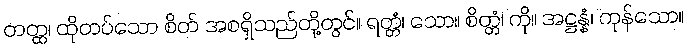
တတ္ထ၊ ထိုတပ်သော စိတ် အစရှိသည်တို့တွင်။ ရတ္တံ၊ သော။ စိတ္တံ၊ ကို။ အဋ္ဌန္နံ၊ ကုန်သော။